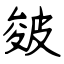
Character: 皴